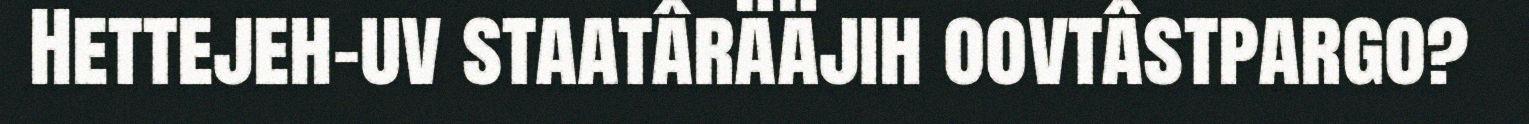
Hettejeh-uv staatârääjih oovtâstpargo?